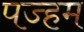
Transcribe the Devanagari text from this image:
पज्हम